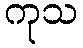
ကုသ